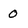
Character: 0